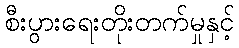
စီးပွားရေးတိုးတက်မှုနှင့်